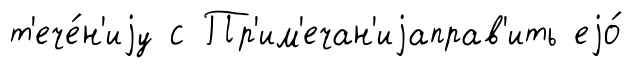
т'ече́н'иjу с Пр'им'ечан'иjаправ'ить еjо́